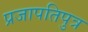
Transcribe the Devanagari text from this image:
प्रजापतिपुत्र